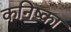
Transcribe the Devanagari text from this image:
कनिष्का